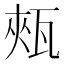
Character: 㼪